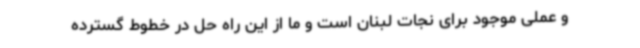
و عملی موجود برای نجات لبنان است و ما از این راه حل در خطوط گسترده